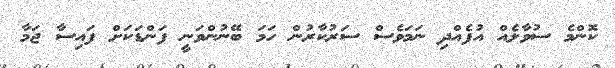
ކޮންމެ ސުވާލެއް އުފެއްދި ނަމަވެސް ސަރުކާރުން ހަމަ ބޭނުންވަނީ ފަންޑަކަށް ފައިސާ ޖަމާ